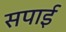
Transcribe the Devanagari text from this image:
सपाई